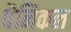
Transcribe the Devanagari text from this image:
पैनिकल